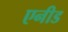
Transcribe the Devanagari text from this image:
एनीड